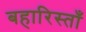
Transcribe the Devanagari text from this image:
बहारिस्ताँ